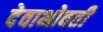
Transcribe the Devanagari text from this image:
देवाभोवती